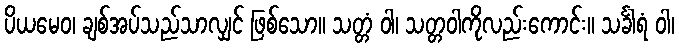
ပိယမေဝ၊ ချစ်အပ်သည်သာလျှင် ဖြစ်သော။ သတ္တံ ဝါ၊ သတ္တဝါကိုလည်းကောင်း။ သင်္ခါရံ ဝါ၊